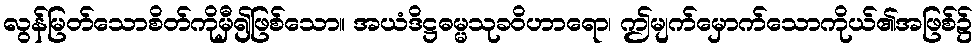
လွန်မြတ်သောစိတ်ကိုမှီ၍ဖြစ်သော။ အယံဒိဋ္ဌဓမ္မသုခဝိဟာရော၊ ဤမျက်မှောက်သောကိုယ်၏အဖြစ်၌